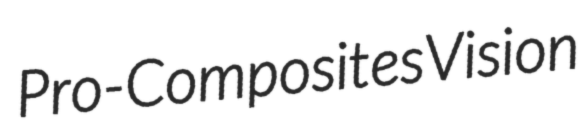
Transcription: Pro-Composites Vision